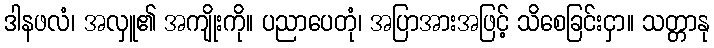
ဒါနဖလံ၊ အလှူ၏ အကျိုးကို။ ပညာပေတုံ၊ အပြာအားအဖြင့် သိစေခြင်းငှာ။ သတ္တာနု